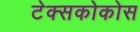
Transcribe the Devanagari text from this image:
टेक्सकोकोस